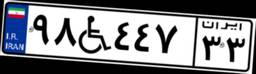
۷۵W۷۹۶۶۶